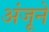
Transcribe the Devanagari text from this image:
अंजूने